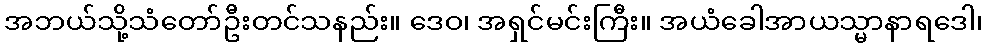
အဘယ်သို့သံတော်ဦးတင်သနည်း။ ဒေဝ၊ အရှင်မင်းကြီး။ အယံခေါအာယသ္မာနာရဒေါ၊